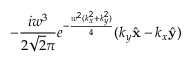
- \frac { i w ^ { 3 } } { 2 \sqrt { 2 } \pi } e ^ { - \frac { w ^ { 2 } ( k _ { x } ^ { 2 } + k _ { y } ^ { 2 } ) } { 4 } } ( k _ { y } \hat { \mathbf { x } } - k _ { x } \hat { \mathbf { y } } )